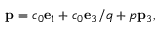
{ \bf p } = c _ { 0 } { \bf e } _ { 1 } + c _ { 0 } { \bf e } _ { 3 } / q + p { \bf p } _ { 3 } ,